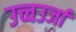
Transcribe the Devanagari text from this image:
उच्चउर्जा